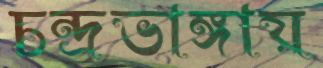
চন্দ্রভাঙ্গায়